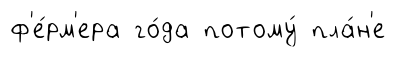
ф'е́рм'ера го́да потому́ пла́н'е